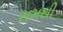
સમથી